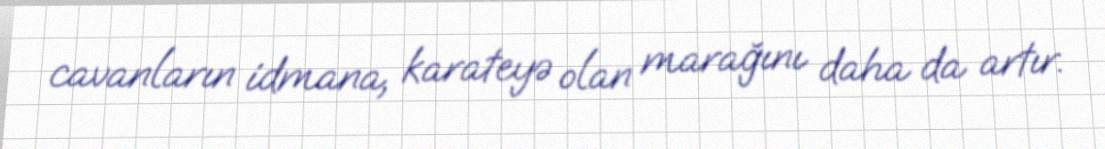
cavanların idmana, karateyə olan marağını daha da artır.